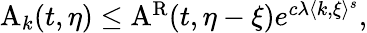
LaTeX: \begin{array}{r}{\mathrm{A}_{k}(t,\eta)\leq\mathrm{A}^{\mathrm{R}}(t,\eta-\xi)e^{c\lambda\langle k,\xi\rangle^{s}},}\end{array}